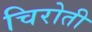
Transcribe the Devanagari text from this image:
चिरोती